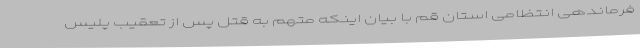
فرماندهی انتظامی استان قم با بیان اینکه متهم به قتل پس از تعقیب پلیس